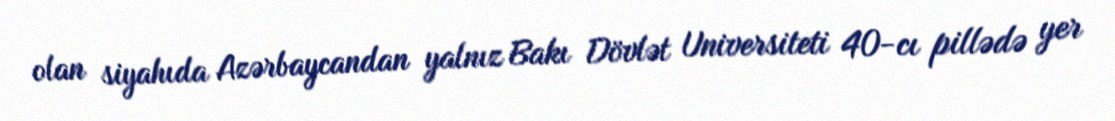
olan siyahıda Azərbaycandan yalnız Bakı Dövlət Universiteti 40-cı pillədə yer